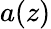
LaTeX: a(z)